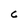
Character: C